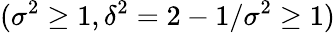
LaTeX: (\sigma^{2}\ge 1,\delta^{2}=2-1/\sigma^{2}\ge 1)